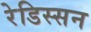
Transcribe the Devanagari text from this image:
रेडिस्सन